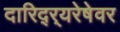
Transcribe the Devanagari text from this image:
दारिद्र्‍यरेषेवर